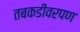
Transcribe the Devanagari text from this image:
तबकडीवरपण